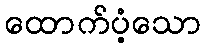
ထောက်ပံ့သော